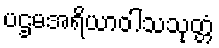
ပဌမအရိယာဝါသသုတ္တံ